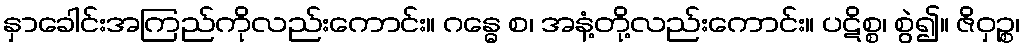
နှာခေါင်းအကြည်ကိုလည်းကောင်း။ ဂန္ဓေ စ၊ အနံ့တို့လည်းကောင်း။ ပဋိစ္စ၊ စွဲ၍။ ဇိဝှဉ္စ၊